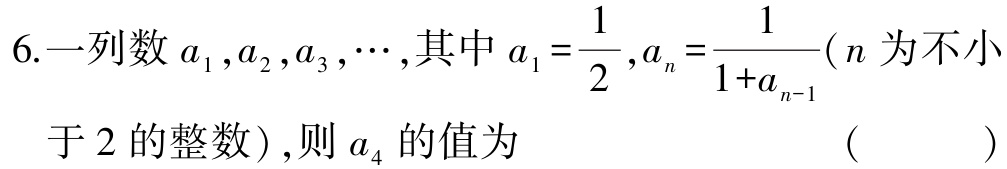
6.一列数$a_{1},a_{2},a_{3},\cdots$,其中$a_{1}=\dfrac{1}{2},a_{n}=\dfrac{1}{1 + a_{n - 1}}$($n$为不小于2的整数),则$a_{4}$的值为 （  ）